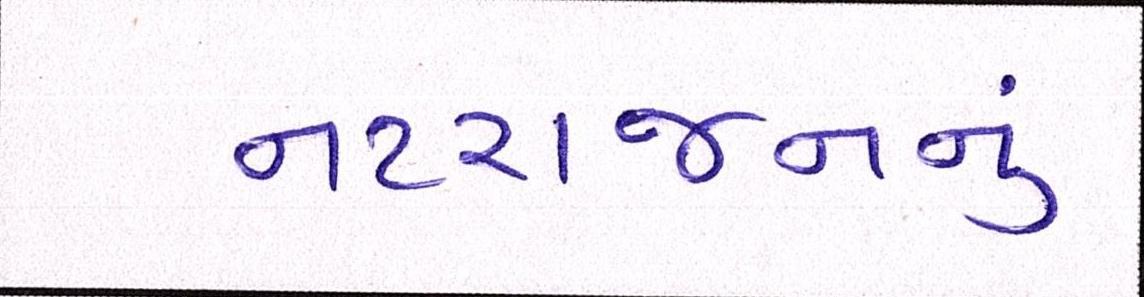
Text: નટરાજનનું